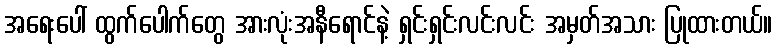
အရေးပေါ် ထွက်ပေါက်တွေ အားလုံးအနီရောင်နဲ့ ရှင်းရှင်းလင်းလင်း အမှတ်အသား ပြုထားတယ်။